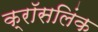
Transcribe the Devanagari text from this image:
क्रॉसलिंक